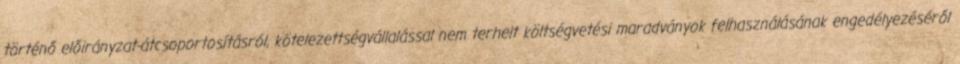
történő előirányzat-átcsoportosításról, kötelezettségvállalással nem terhelt költségvetési maradványok felhasználásának engedélyezéséről